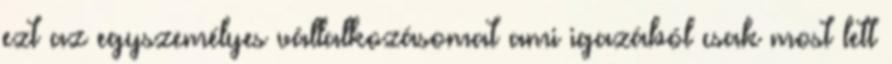
ezt az egyszemélyes vállalkozásomat ami igazából csak most lett